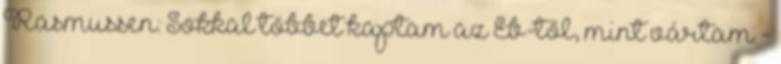
Rasmussen: Sokkal többet kaptam az Eb-től, mint vártam -